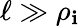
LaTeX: \ell\gg\rho_{\mathbf{i}}